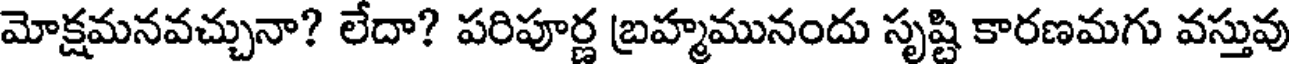
మోక్షమనవచ్చునా? లేదా? పరిపూర్ణ బ్రహ్మమునందు సృష్టి కారణమగు వస్తువు